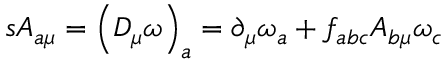
s A _ { a \mu } = \left( D _ { \mu } \omega \right) _ { a } = \partial _ { \mu } \omega _ { a } + f _ { a b c } A _ { b \mu } \omega _ { c }